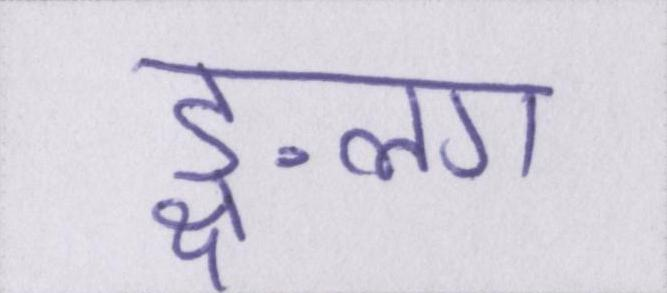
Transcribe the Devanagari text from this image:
ङ्क्षलग